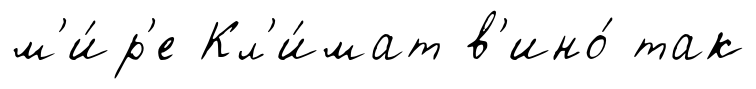
м'и́р'е Кл'и́мат в'ино́ так